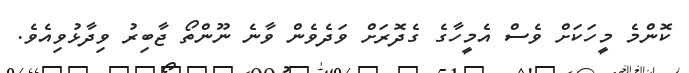
ކޮންމެ މީހަކަށް ވެސް އެމީހާގެ ގެދޮރަށް ވަދެވެން ވާނެ ނޫންތޯ ޖާބިރު ވިދާޅުވިއެވެ.